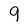
Character: 9